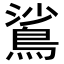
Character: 𬷙